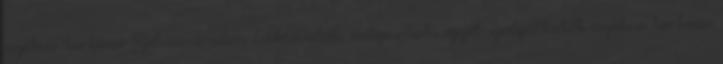
nyitva tartásai Szilvásváradon Látnivalók, múzeumok, egyéb szolgáltatók nyitva tartásai